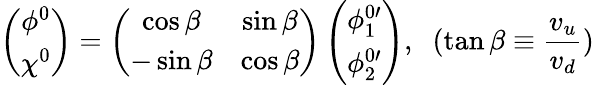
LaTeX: \left(\begin{array}{c}{{\phi^{0}}}\\ {{\chi^{0}}}\end{array}\right)=\left(\begin{array}{cc}{{\cos\beta}}&{{\sin\beta}}\\ {{-\sin\beta}}&{{\cos\beta}}\end{array}\right)\left(\begin{array}{c}{{\phi_{1}^{0\prime}}}\\ {{\phi_{2}^{0\prime}}}\end{array}\right),\; \; (\tan\beta\equiv\frac{v_{u}}{v_{d}})